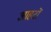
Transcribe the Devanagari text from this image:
आहटों